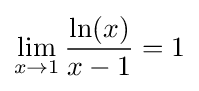
\lim _{x\to 1}{\frac {\ln(x)}{x-1}}=1